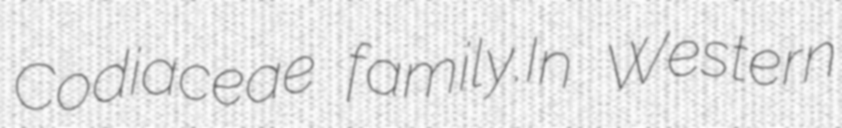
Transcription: Codiaceae family.In Western